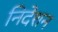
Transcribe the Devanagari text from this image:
निदेशन